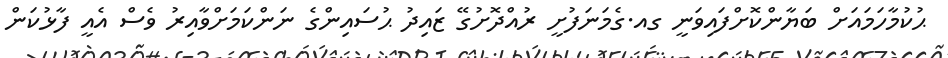
ޙުކުމާހަމައަށް ބަޔާންކޮށްފައިވަނީ ގއ.ގެމަނަފުށީ ރުއްދޮށުގޭ ޒައިދު ޙުސައިންގެ ނަންކަމަށްވާއިރު ވެސް އެއީ ފާޅުކަން